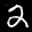
Label: 2